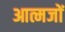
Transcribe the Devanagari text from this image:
आत्मजों